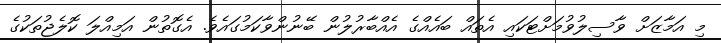
މި އަމާޒަށް ވާސިލުވުމަށްޓަކައި އެތައް ބައެއްގެ އެއްބާރުލުން ބޭނުންވާކަމުގައެވެ. އެގޮތުން އަމިއްލަ ކޮލެޖުތަކުގެ